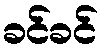
ခင်ခင်